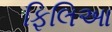
ફિલિઆ